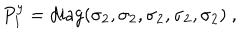
P _ { 1 } ^ { y } = \mathrm { d i a g } ( \sigma _ { 2 } , \sigma _ { 2 } , \sigma _ { 2 } , \sigma _ { 2 } , \sigma _ { 2 } ) ~ , ~ \,